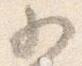
為